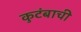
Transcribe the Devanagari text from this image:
कुटंबाची